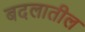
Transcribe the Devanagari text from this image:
बदलातील